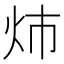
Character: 𮳝